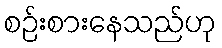
စဉ်းစားနေသည်ဟု